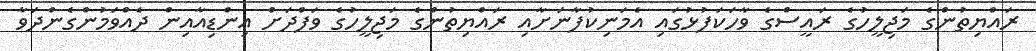
ރައްޔިތުންގެ މަޖިލީހުގެ ރައީސްގެ ވާހަކަފުޅުގައި އެމަނިކުފާނަށާއި ރައްޔިތުންގެ މަޖިލީހުގެ ވަފްދަށް އިންޑިއާއިން ދެއްވަމުންގެންދަވާ